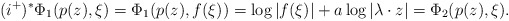
\begin{align*}(i^+)^*\Phi_1(p(z), \xi)=\Phi_1(p(z), f(\xi))=\log|f(\xi)|+a\log|\lambda\cdot z|=\Phi_2(p(z), \xi). \end{align*}